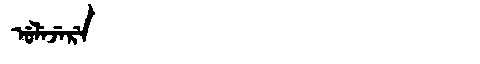
Manchu: ᡠᠯᡝᠵᡝᡵᡝ
Romanization: ULEJERE